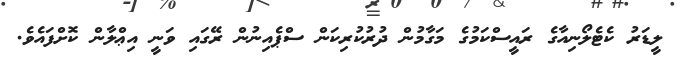
ލީޑަރު ކެޓެލޯނިއާގެ ރައީސްކަމުގެ މަގާމުން ދުރުކުރިކަން ސްޕެއިނުން ރޭގައި ވަނީ އިޢްލާން ކޮށްފައެވެ.